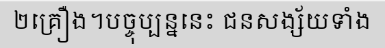
២គ្រឿង។បច្ចុប្បន្ននេះ ជនសង្ស័យទាំង